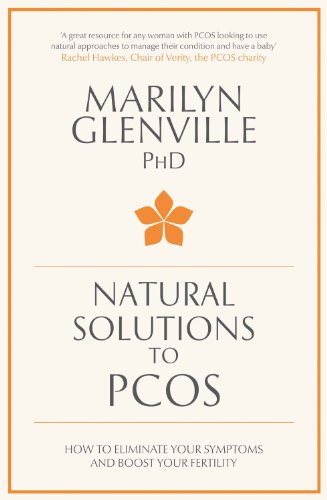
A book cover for Natural Solutions to PCOS: How to Eliminate Your Symptoms and Boost Your Fertility; Dr. Marilyn Glenville PhD; Parenting & Relationships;